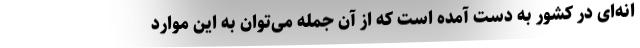
انه­‌ای در کشور به دست آمده است که از آن جمله می‌توان به این موارد